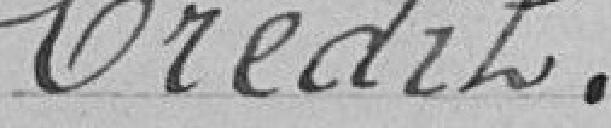
Crédit.